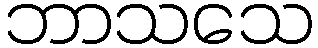
ဘာသသေ